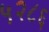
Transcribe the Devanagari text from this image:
५२८६